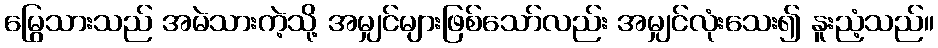
မြွေသားသည် အမဲသားကဲ့သို့ အမျှင်များဖြစ်သော်လည်း အမျှင်လုံးသေး၍ နူးညံ့သည်။